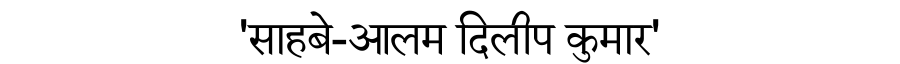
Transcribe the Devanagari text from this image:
'साहबे-आलम दिलीप कुमार'